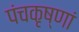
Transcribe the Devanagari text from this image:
पंचकृष्णां